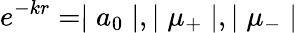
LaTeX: e^{-kr}=\mid a_{0}\mid,\mid\mu_{+}\mid,\mid\mu_{-}\mid